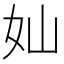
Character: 奾